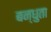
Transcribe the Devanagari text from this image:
बन्धुता